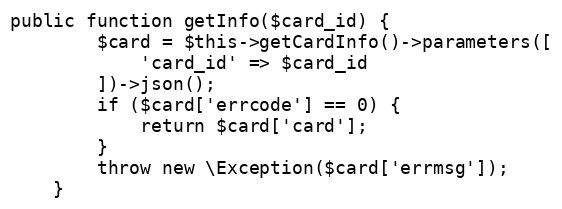
Language: PHP
public function getInfo($card_id) {
        $card = $this->getCardInfo()->parameters([
            'card_id' => $card_id
        ])->json();
        if ($card['errcode'] == 0) {
            return $card['card'];
        }
        throw new \Exception($card['errmsg']);
    }